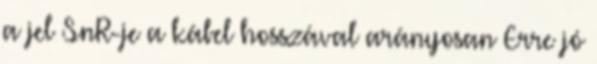
a jel SnR-je a kábel hosszával arányosan Erre jó